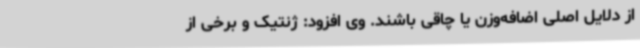
از دلایل اصلی اضافه‌وزن یا چاقی باشند. وی افزود: ژنتیک و برخی از